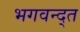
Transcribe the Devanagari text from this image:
भगवन्द्त